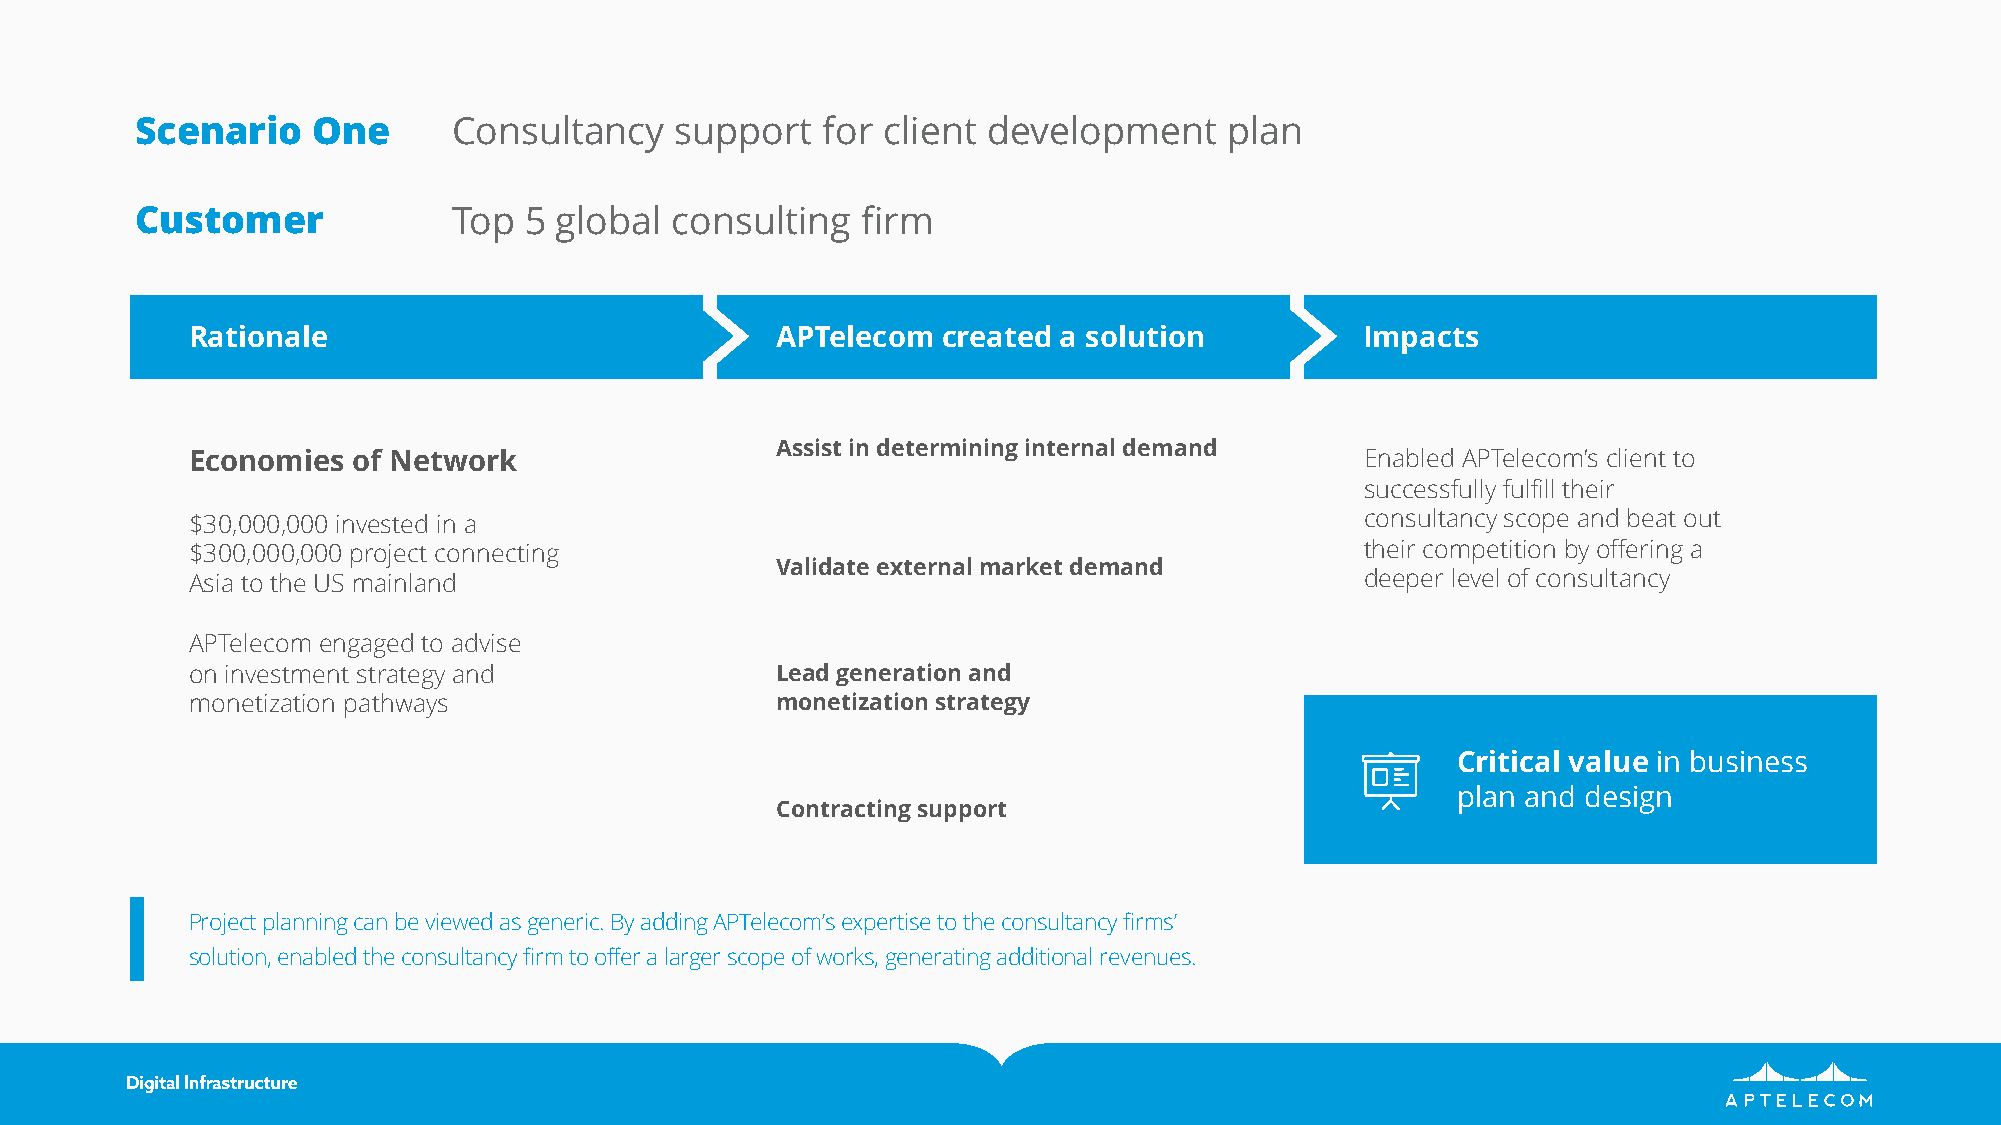
Scenario    One      Consultancy    support  for client development     plan
 Customer             Top  5 global consulting   firm
 Rationale                             APTelecom  created a solution          Impacts
 Assist in determining internal demand
 Economies of Network                                                         Enabled APTelecom’s client to
 successfully fulfill their
 consultancy scope and beat out
 $30,000,000 invested in a
 $300,000,000 project connecting                                              their competition by offering a
 Validate external market demand
 Asia to the US mainland                                                      deeper level of consultancy
 APTelecom engaged to advise
 on investment strategy and            Lead generation and
 monetization pathways                 monetization strategy
 Critical value in business
 plan and design
 Contracting support
 Project planning can be viewed as generic. By adding APTelecom’sexpertise to the consultancy firms’
 solution, enabled the consultancy firm to offer a larger scope of works, generating additional revenues.
 APTelecom   Worldwide